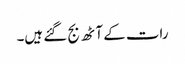
رات کے آٹھ بج گئے ہیں۔